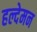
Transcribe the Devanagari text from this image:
हल्देमन